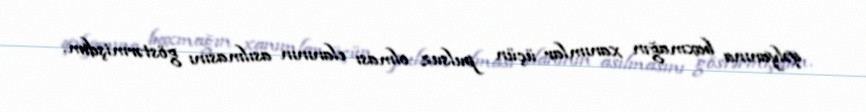
qəlyanına baxmağın xanımlar üçün pulsuz olması elanının asılmasını göstərmişdim.